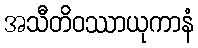
အသီတိဝဿာယုကာနံ